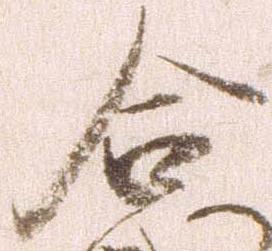
合